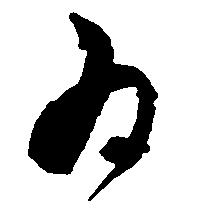
為